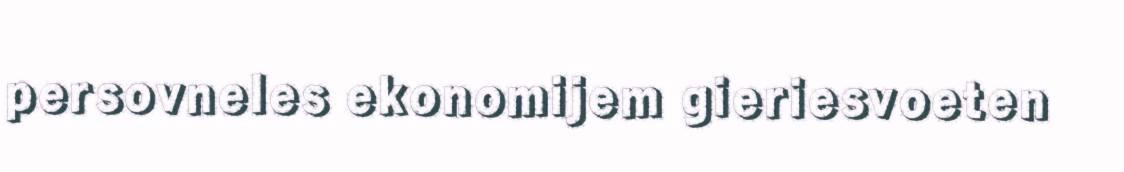
persovneles ekonomijem gieriesvoeten